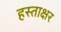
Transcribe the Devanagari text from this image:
हस्‍ताक्षर